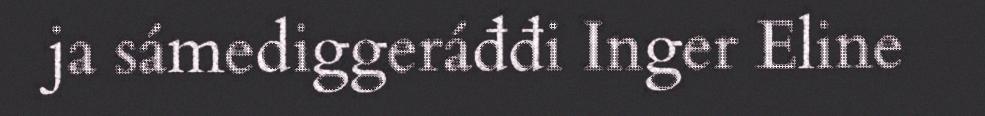
ja sámediggeráđđi Inger Eline